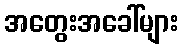
အတွေးအခေါ်များ